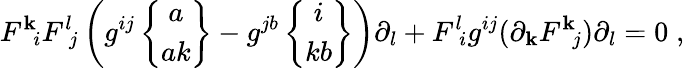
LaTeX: F^{\mathbf{k}}\! _{i}F^{l}\! _{j}\left(g^{ij}\left\{ \begin{array}{c}{{a}}\\ {{ak}}\end{array}\right\} -g^{jb}\left\{ \begin{array}{c}{{i}}\\ {{kb}}\end{array}\right\} \right)\partial_{l}+F^{l}\! _{i}g^{ij}(\partial_{\mathbf{k}}F^{\mathbf{k}}\! _{j})\partial_{l}=0\; ,